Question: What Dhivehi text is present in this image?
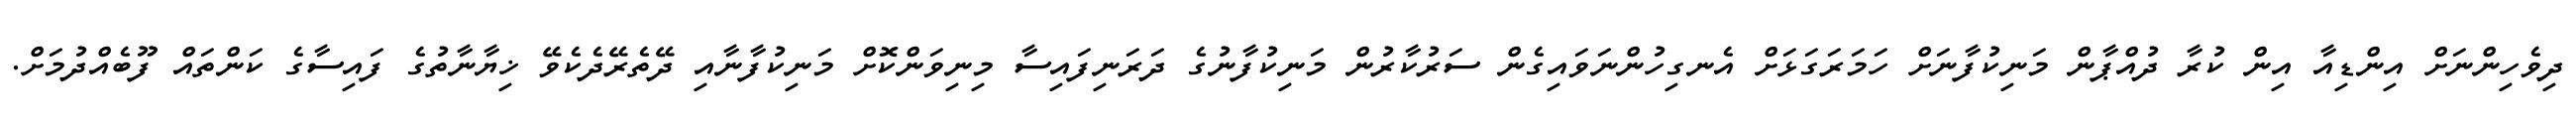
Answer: ދިވެހިންނަށް އިންޑިއާ އިން ކުރާ ދުއްޕާން މަނިކުފާނަށް ހަމަރަގަޅަށް އެނގިހުންނަވައިގެން ސަރުކާރުން މަނިކުފާނުގެ ދަރަނިފައިސާ މިނިވަންކޮށް މަނިކުފާނާއި ދޭތެރޭދެކެވޭ ޚިޔާނާތުގެ ފައިސާގެ ކަންތައް ފޫބެއްދުމަށް.